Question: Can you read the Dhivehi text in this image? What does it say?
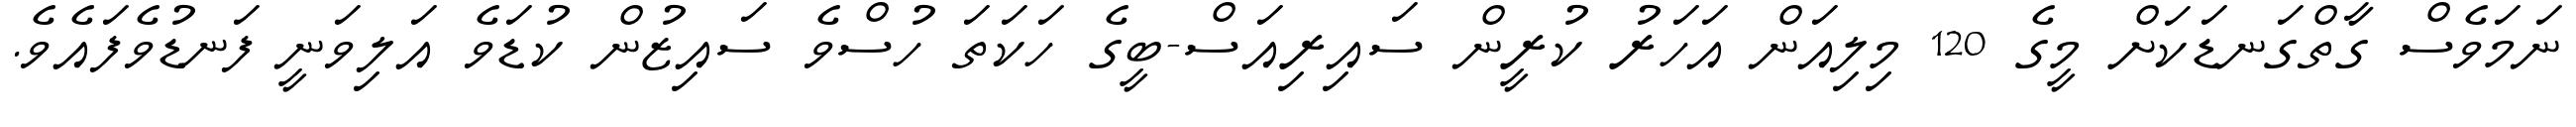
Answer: ނަމަވެސް ގާތްގަނޑަކަށް މީގެ 120 މިލިއަން އަހަރު ކުރީން ސައިރިއަސް-ބީގެ ހަކަތަ ހުސްވެ ސައިޒުން ކުޑަވެ އަލިވަނީ ފަނޑުވެފައެވެ.